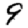
Digit: 9